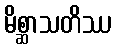
မိစ္ဆာသတိဿ